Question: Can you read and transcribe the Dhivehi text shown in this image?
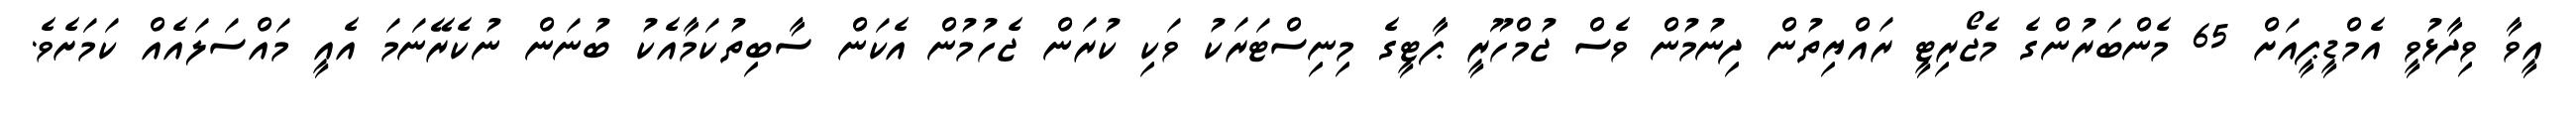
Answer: އީވާ ވިދާޅުވީ އެމްޑީޕީއަށް 65 މެންބަރުންގެ މެޖޯރިޓީ ރައްޔިތުން ދިނުމުން ވެސް ޖުމްހޫރީ ޕާޓީގެ މިނިސްޓަރަކު ވަކި ކުރަން ޖެހުމުން އެކަން ސާބިތުކަމާއެކު ބުނަން ނުކެރޭނަމަ އެއީ މައްސަލައެއް ކަމަށެވެ.